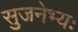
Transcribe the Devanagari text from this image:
सुजनेभ्यः